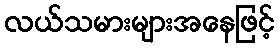
လယ်သမားများအနေဖြင့်